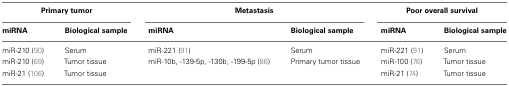
| <COLSPAN=2> Primary tumor | <COLSPAN=2> Metastasis | <COLSPAN=2> Poor overall survival |
 | miRNA | Biological sample | miRNA | Biological sample | miRNA | Biological sample |
 | --- | --- | --- | --- | --- | --- |
 | miR-210 (90) | Serum | miR-221 (91) | Serum | miR-221 (91) | Serum |
 | miR-210 (69) | Tumor tissue | miR-10b, -139-5p, -130b, -199-5p (86) | Primary tumor tissue | miR-100 (76) | Tumor tissue |
 | miR-21 (106) | Tumor tissue |  |  | miR-21 (74) | Tumor tissue |